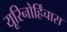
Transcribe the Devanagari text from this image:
यूरिनोर्हिंचास